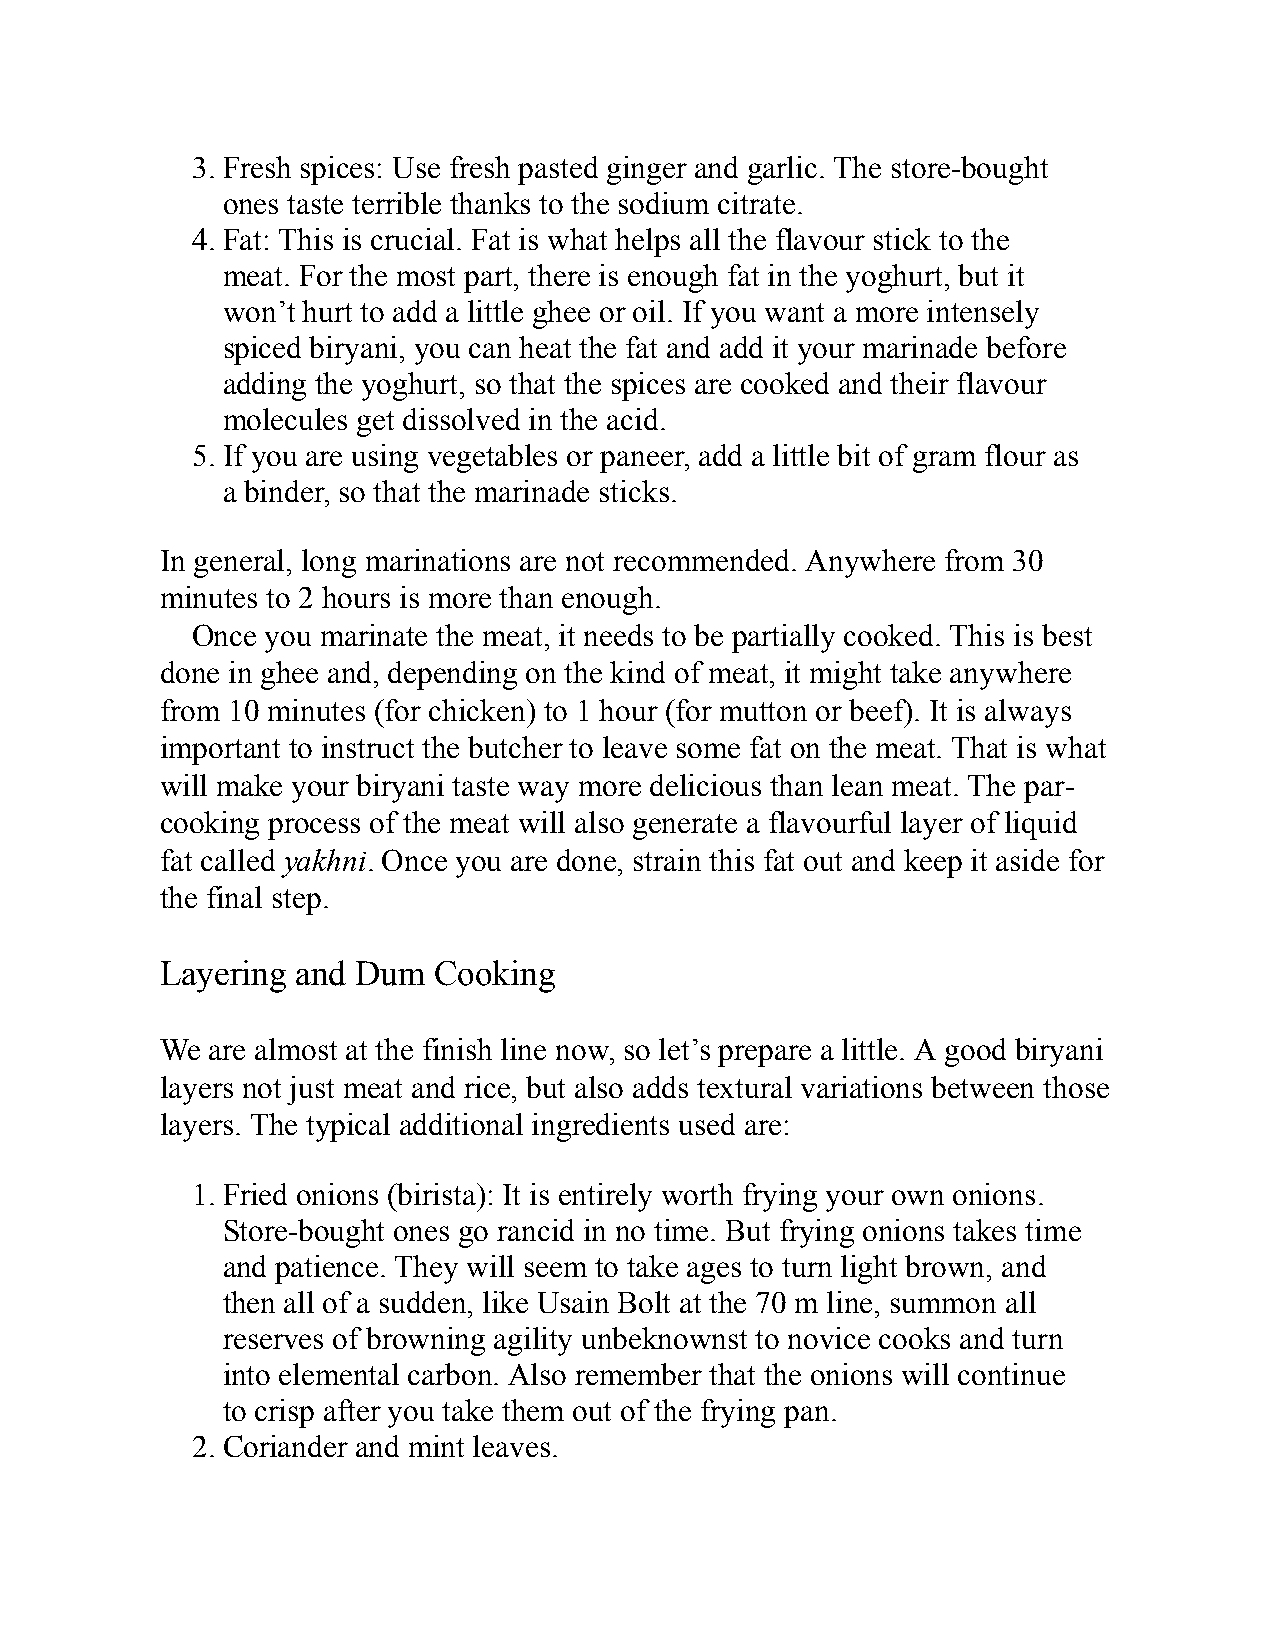
3. Fresh spices: Use fresh pasted ginger and garlic. The store-bought
 ones taste terrible thanks to the sodium citrate.
 4. Fat: This is crucial. Fat is what helps all the flavour stick to the
 meat. For the most part, there is enough fat in the yoghurt, but it
 won’t hurt to add a little ghee or oil. If you want a more intensely
 spiced biryani, you can heat the fat and add it your marinade before
 adding the yoghurt, so that the spices are cooked and their flavour
 molecules get dissolved in the acid.
 5. If you are using vegetables or paneer, add a little bit of gram flour as
 a binder, so that the marinade sticks.
 In general, long marinations are not recommended. Anywhere from 30
 minutes to 2 hours is more than enough.
 Once you marinate the meat, it needs to be partially cooked. This is best
 done in ghee and, depending on the kind of meat, it might take anywhere
 from 10 minutes (for chicken) to 1 hour (for mutton or beef). It is always
 important to instruct the butcher to leave some fat on the meat. That is what
 will make your biryani taste way more delicious than lean meat. The par-
 cooking process of the meat will also generate a flavourful layer of liquid
 fat called yakhni. Once you are done, strain this fat out and keep it aside for
 the final step.
 Layering and Dum  Cooking
 We are almost at the finish line now, so let’s prepare a little. A good biryani
 layers not just meat and rice, but also adds textural variations between those
 layers. The typical additional ingredients used are:
 1. Fried onions (birista): It is entirely worth frying your own onions.
 Store-bought ones go rancid in no time. But frying onions takes time
 and patience. They will seem to take ages to turn light brown, and
 then all of a sudden, like Usain Bolt at the 70 m line, summon all
 reserves of browning agility unbeknownst to novice cooks and turn
 into elemental carbon. Also remember that the onions will continue
 to crisp after you take them out of the frying pan.
 2. Coriander and mint leaves.